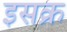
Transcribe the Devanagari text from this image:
इसक्र